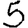
Digit: 5